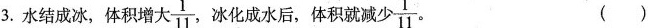
3.水结成冰，体积增大\frac{1}{11}，冰化成水后，体积就减少\frac{1}{11} ()